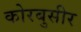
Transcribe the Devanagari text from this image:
कोरबुसीर